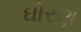
ઘોરણ